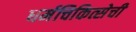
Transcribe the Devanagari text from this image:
धर्मचिकित्सेची